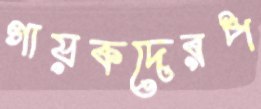
গায়কদেরপ